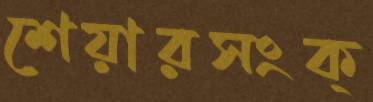
শেয়ারসংক্